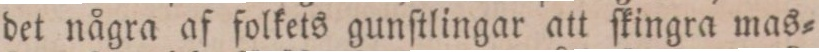
det några af folkets gunſtlingar att ſkingra mas=